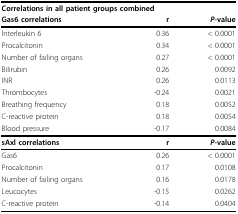
<table><thead><tr><td colspan="3"><b>Correlations in all patient groups combined</b></td></tr><tr><td><b>Gas6 correlations</b></td><td><b>r</b></td><td><b><i>P</i>-value</b></td></tr></thead><tbody><tr><td>Interleukin 6</td><td>0.36</td><td>&lt; 0.0001</td></tr><tr><td>Procalcitonin</td><td>0.34</td><td>&lt; 0.0001</td></tr><tr><td>Number of failing organs</td><td>0.27</td><td>&lt; 0.0001</td></tr><tr><td>Bilirubin</td><td>0.26</td><td>0.0092</td></tr><tr><td>INR</td><td>0.26</td><td>0.0113</td></tr><tr><td>Thrombocytes</td><td>-0.24</td><td>0.0021</td></tr><tr><td>Breathing frequency</td><td>0.18</td><td>0.0052</td></tr><tr><td>C-reactive protein</td><td>0.18</td><td>0.0054</td></tr><tr><td>Blood pressure</td><td>-0.17</td><td>0.0084</td></tr><tr><td><b>sAxl correlations</b></td><td><b>r</b></td><td><b><i>P</i>-value</b></td></tr><tr><td>Gas6</td><td>0.26</td><td>&lt; 0.0001</td></tr><tr><td>Procalcitonin</td><td>0.17</td><td>0.0108</td></tr><tr><td>Number of failing organs</td><td>0.16</td><td>0.0178</td></tr><tr><td>Leucocytes</td><td>-0.15</td><td>0.0262</td></tr><tr><td>C-reactive protein</td><td>-0.14</td><td>0.0404</td></tr></tbody></table>